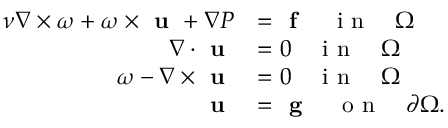
\begin{array} { r l } { \nu \nabla \times \boldsymbol { \omega } + \boldsymbol { \omega } \times \textbf { u } + \nabla P } & { = \textbf { f } \quad \textup { i n } \quad \Omega } \\ { \nabla \cdot \textbf { u } } & { = 0 \quad \textup { i n } \quad \Omega } \\ { \boldsymbol { \omega } - \nabla \times \textbf { u } } & { = 0 \quad \textup { i n } \quad \Omega } \\ { \textbf { u } } & { = \textbf { g } \quad \textup { o n } \quad \partial \Omega . } \end{array}